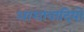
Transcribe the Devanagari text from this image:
आशावादियों